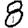
Digit: 8